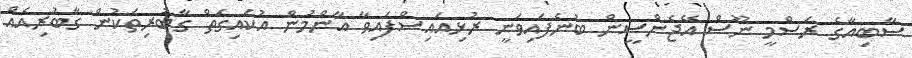
ސާބިއާގެ ރަސްމީ ނޫސް އޭޖެންސީން ބުނެފައިވަނީ ރުޅިއައިސްފައިވާ އާންމުން އުކައިގަތް ގާބުރިތަކުން ގާބުރިއެއް